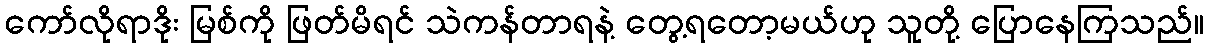
ကော်လိုရာဒိုး မြစ်ကို ဖြတ်မိရင် သဲကန်တာရနဲ့ တွေ့ရတော့မယ်ဟု သူတို့ ပြောနေကြသည်။